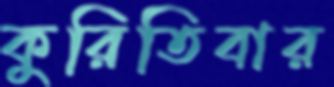
কুরিতিবার